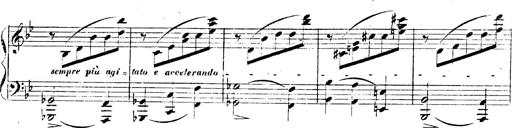
Title: 3 Caprices-Valses
Composer: Franz Liszt